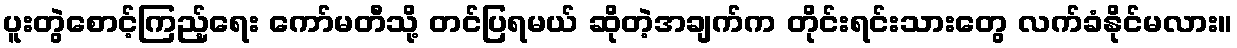
ပူးတွဲစောင့်ကြည့်ရေး ကော်မတီသို့ တင်ပြရမယ် ဆိုတဲ့အချက်က တိုင်းရင်းသားတွေ လက်ခံနိုင်မလား။